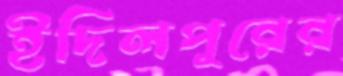
ইদিলপুরের